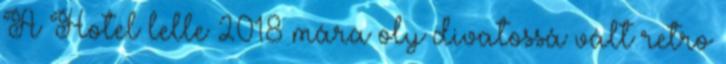
A Hotel lelle 2018 mára oly divatossá vált retro